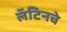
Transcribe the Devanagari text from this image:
लॅटिनचे